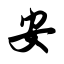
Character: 安